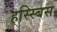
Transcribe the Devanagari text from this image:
हस्स्बिस